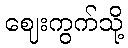
ဈေးကွက်သို့